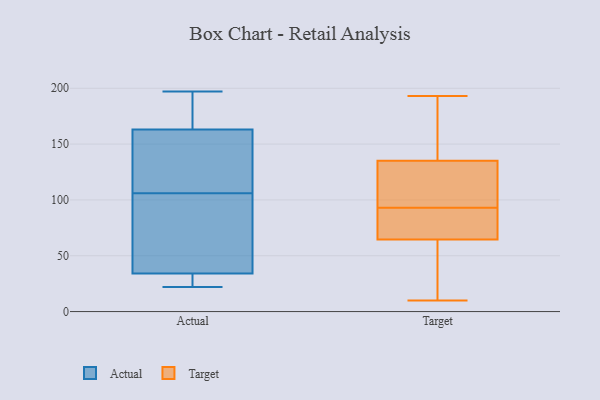
{"axis": {"x": "Bounce Rate (%)", "y": "Value"}, "legend": ["Actual", "Target"], "data": [{"x": "", "y": 34, "type": "Actual"}, {"x": "", "y": 136, "type": "Actual"}, {"x": "", "y": 96, "type": "Actual"}, {"x": "", "y": 34, "type": "Actual"}, {"x": "", "y": 149, "type": "Actual"}, {"x": "", "y": 197, "type": "Actual"}, {"x": "", "y": 75, "type": "Actual"}, {"x": "", "y": 116, "type": "Actual"}, {"x": "", "y": 22, "type": "Actual"}, {"x": "", "y": 183, "type": "Actual"}, {"x": "", "y": 88, "type": "Actual"}, {"x": "", "y": 187, "type": "Actual"}, {"x": "", "y": 90, "type": "Actual"}, {"x": "", "y": 125, "type": "Actual"}, {"x": "", "y": 29, "type": "Actual"}, {"x": "", "y": 163, "type": "Actual"}, {"x": "", "y": 29, "type": "Actual"}, {"x": "", "y": 177, "type": "Actual"}, {"x": "", "y": 144, "type": "Target"}, {"x": "", "y": 10, "type": "Target"}, {"x": "", "y": 104, "type": "Target"}, {"x": "", "y": 63, "type": "Target"}, {"x": "", "y": 65, "type": "Target"}, {"x": "", "y": 102, "type": "Target"}, {"x": "", "y": 19, "type": "Target"}, {"x": "", "y": 132, "type": "Target"}, {"x": "", "y": 155, "type": "Target"}, {"x": "", "y": 114, "type": "Target"}, {"x": "", "y": 84, "type": "Target"}, {"x": "", "y": 71, "type": "Target"}, {"x": "", "y": 67, "type": "Target"}, {"x": "", "y": 193, "type": "Target"}, {"x": "", "y": 93, "type": "Target"}, {"x": "", "y": 160, "type": "Target"}, {"x": "", "y": 17, "type": "Target"}]}